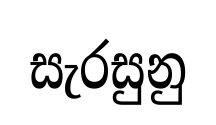
සැරසුනු